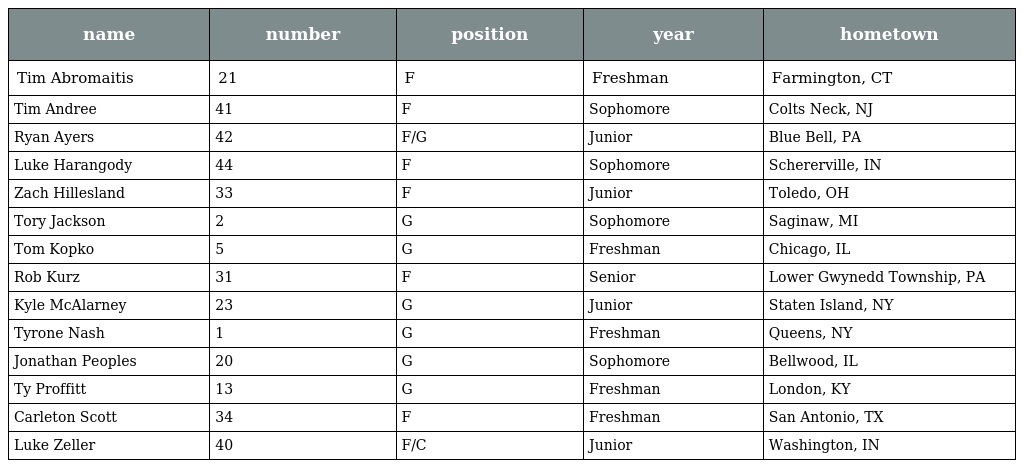
| name | number | position | year | hometown |
 | --- | --- | --- | --- | --- |
 | Tim Abromaitis | 21 | F | Freshman | Farmington, CT |
 | Tim Andree | 41 | F | Sophomore | Colts Neck, NJ |
 | Ryan Ayers | 42 | F/G | Junior | Blue Bell, PA |
 | Luke Harangody | 44 | F | Sophomore | Schererville, IN |
 | Zach Hillesland | 33 | F | Junior | Toledo, OH |
 | Tory Jackson | 2 | G | Sophomore | Saginaw, MI |
 | Tom Kopko | 5 | G | Freshman | Chicago, IL |
 | Rob Kurz | 31 | F | Senior | Lower Gwynedd Township, PA |
 | Kyle McAlarney | 23 | G | Junior | Staten Island, NY |
 | Tyrone Nash | 1 | G | Freshman | Queens, NY |
 | Jonathan Peoples | 20 | G | Sophomore | Bellwood, IL |
 | Ty Proffitt | 13 | G | Freshman | London, KY |
 | Carleton Scott | 34 | F | Freshman | San Antonio, TX |
 | Luke Zeller | 40 | F/C | Junior | Washington, IN |